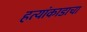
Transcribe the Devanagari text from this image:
हत्यांकाडाचा